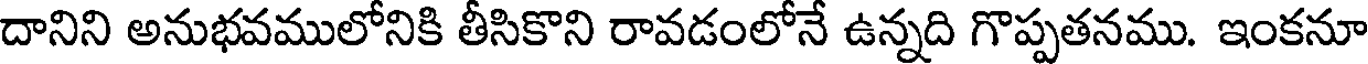
దానిని అనుభవములోనికి తీసికొని రావడంలోనే ఉన్నది గొప్పతనము. ఇంకనూ